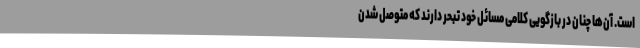
است. آن‌ها چنان در بازگویی کلامی مسائل خود تبحر دارند که متوصل شدن